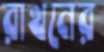
রাখনের